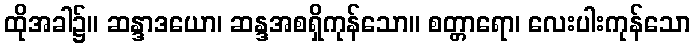
ထိုအခါ၌။ ဆန္ဒာဒယော၊ ဆန္ဒအစရှိကုန်သော။ စတ္တာရော၊ လေးပါးကုန်သော